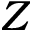
Z